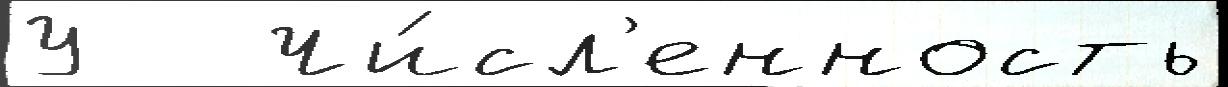
У   Чи́сл'енность